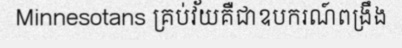
Minnesotans គ្រប់វ័យគឺជាឧបករណ៍ពង្រឹង